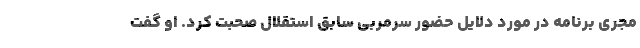
مجری برنامه در مورد دلایل حضور سرمربی سابق استقلال صحبت کرد. او گفت